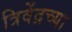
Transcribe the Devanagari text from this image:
त्रिवेंद्रच्या